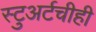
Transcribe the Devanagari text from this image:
स्टुअर्टचीही